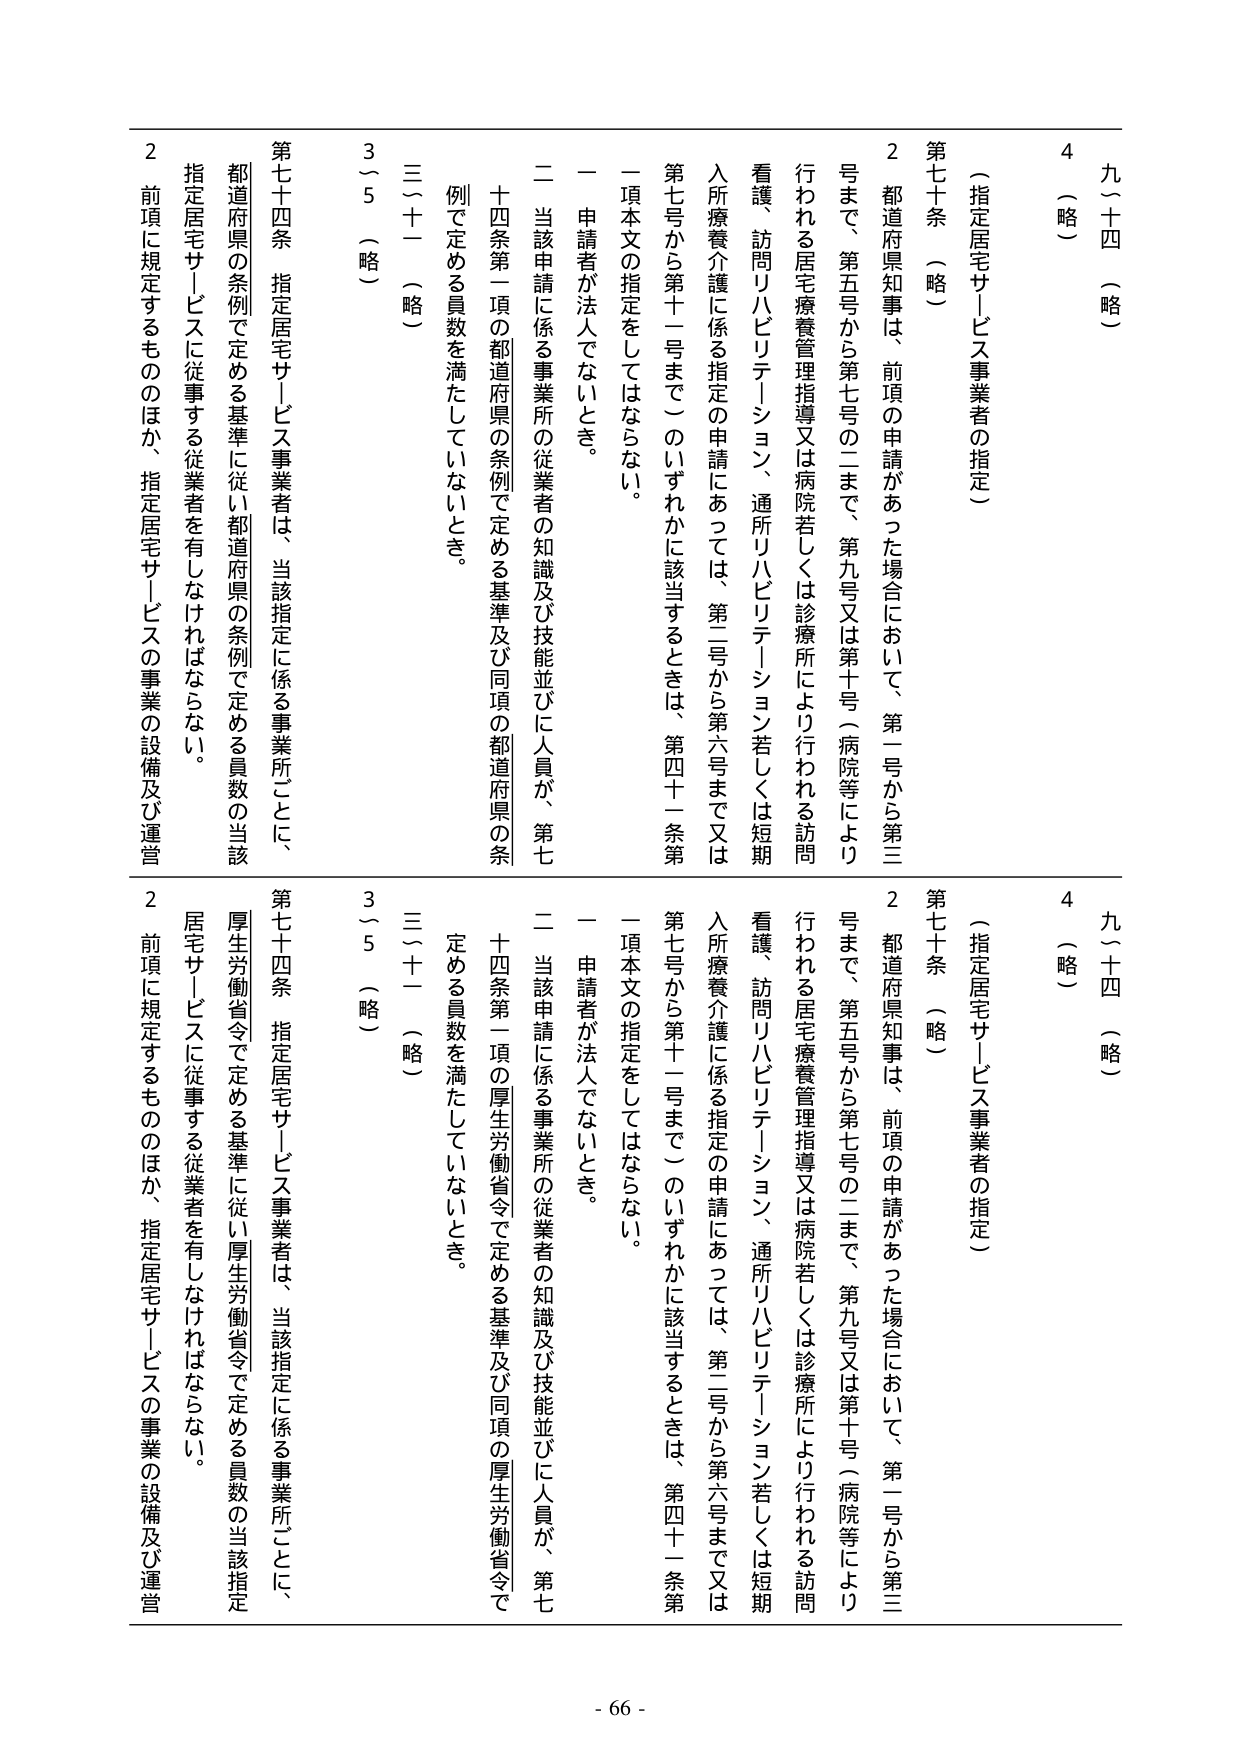
九～十四 （略）
4 （略）
（指定居宅サービス事業者の指定）
第七十条 （略）
2 都道府県知事は、前項の申請があった場合において、第一号から第三号まで、第五号から第七号の二まで、第九号又は第十号（病院等により行われる居宅療養管理指導又は病院若しくは診療所により行われる訪問看護、訪問リハビリテーション、通所リハビリテーション若しくは短期入所療養介護に係る指定の申請にあっては、第二号から第六号まで又は第七号から第十一号まで）のいずれかに該当するときは、第四十一条第一項本文の指定をしてはならない。
一 申請者が法人でないとき。
二 当該申請に係る事業所の従業者の知識及び技能並びに人員が、第七十四条第一項の都道府県の条例で定める基準及び同項の都道府県の条例で定める員数を満たしていないとき。
三～十一 （略）
3～5 （略）
第七十四条 指定居宅サービス事業者は、当該指定に係る事業所ごとに、都道府県の条例で定める基準に従い都道府県の条例で定める員数の当該指定居宅サービスに従事する従業者を有しなければならない。
2 前項に規定するもののほか、指定居宅サービスの事業の設備及び運営

九～十四 （略）
4 （略）
（指定居宅サービス事業者の指定）
第七十条 （略）
2 都道府県知事は、前項の申請があった場合において、第一号から第三号まで、第五号から第七号の二まで、第九号又は第十号（病院等により行われる居宅療養管理指導又は病院若しくは診療所により行われる訪問看護、訪問リハビリテーション、通所リハビリテーション若しくは短期入所療養介護に係る指定の申請にあっては、第二号から第六号まで又は第七号から第十一号まで）のいずれかに該当するときは、第四十一条第一項本文の指定をしてはならない。
一 申請者が法人でないとき。
二 当該申請に係る事業所の従業者の知識及び技能並びに人員が、第七十四条第一項の厚生労働省令で定める基準及び同項の厚生労働省令で定める員数を満たしていないとき。
三～十一 （略）
3～5 （略）
第七十四条 指定居宅サービス事業者は、当該指定に係る事業所ごとに、厚生労働省令で定める基準に従い厚生労働省令で定める員数の当該指定居宅サービスに従事する従業者を有しなければならない。
2 前項に規定するもののほか、指定居宅サービスの事業の設備及び運営

- 66 -